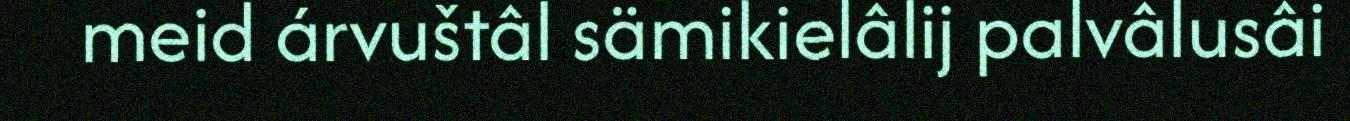
meid árvuštâl sämikielâlij palvâlusâi